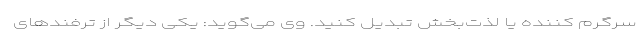
سرگرم کننده یا لذت‌بخش تبدیل کنید. وی می‌گوید: یکی دیگر از ترفندهای